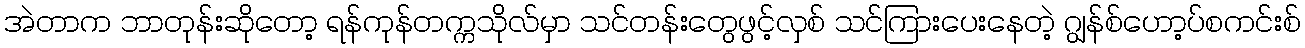
အဲတာက ဘာတုန်းဆိုတော့ ရန်ကုန်တက္ကသိုလ်မှာ သင်တန်းတွေဖွင့်လှစ် သင်ကြားပေးနေတဲ့ ဂျွန်စ်ဟော့ပ်စကင်းစ်